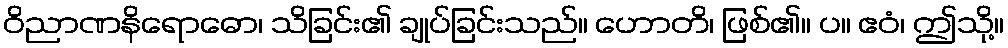
ဝိညာဏနိရောဓော၊ သိခြင်း၏ ချုပ်ခြင်းသည်။ ဟောတိ၊ ဖြစ်၏။ ပ။ ဧဝံ၊ ဤသို့။